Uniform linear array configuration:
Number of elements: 64
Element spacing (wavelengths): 0.25
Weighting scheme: kaiser
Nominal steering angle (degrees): -30
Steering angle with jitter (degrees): -31.533
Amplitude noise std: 0.05
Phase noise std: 0.05

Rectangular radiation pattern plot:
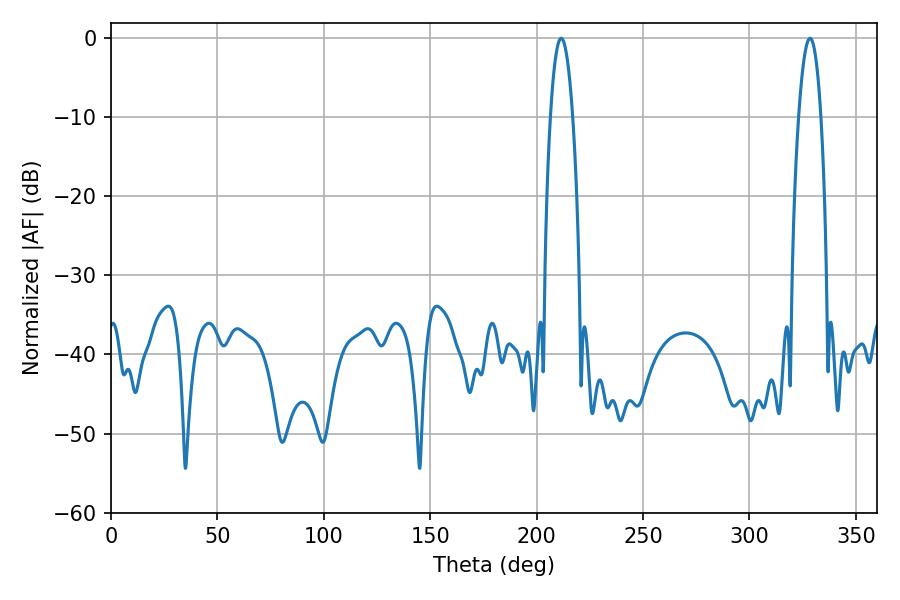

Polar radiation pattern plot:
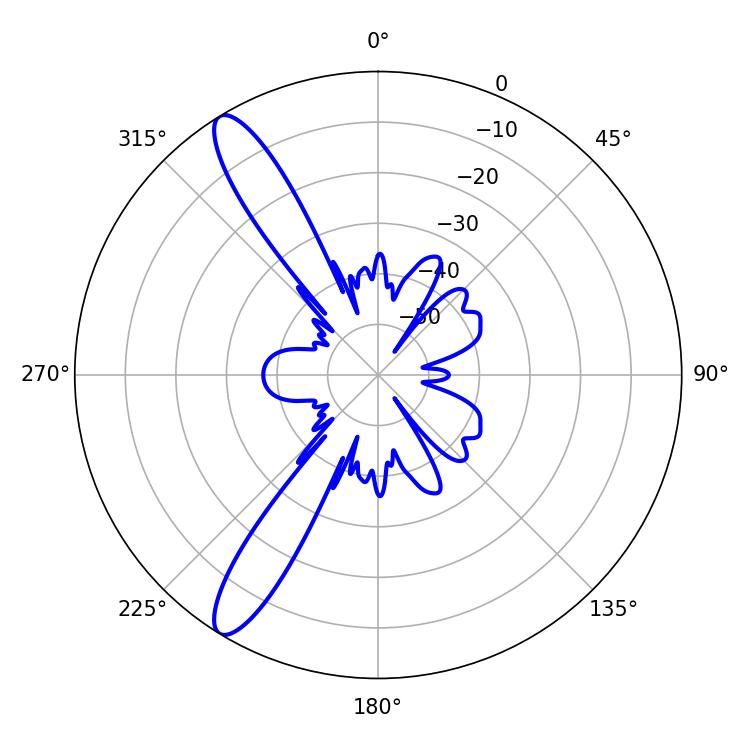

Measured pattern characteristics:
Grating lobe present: FALSE
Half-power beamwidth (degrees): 5.94
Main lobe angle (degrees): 211.5